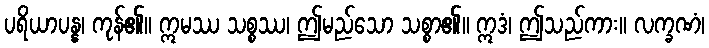
ပရိယာပန္န၊ ကုန်၏။ ဣမဿ သစ္စဿ၊ ဤမည်သော သစ္စာ၏။ ဣဒံ၊ ဤသည်ကား။ လက္ခဏံ၊